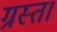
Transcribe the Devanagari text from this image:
ग्रस्त।